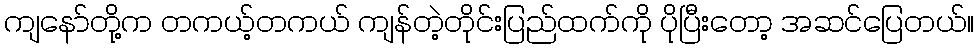
ကျနော်တို့က တကယ့်တကယ် ကျန်တဲ့တိုင်းပြည်ထက်ကို ပိုပြီးတော့ အဆင်ပြေတယ်။